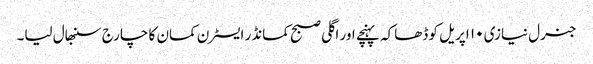
جنرل نیازی ۱۰ اپریل کو ڈھاکہ پہنچے اور اگلی صبح کمانڈر ایسٹرن کمان کا چارج سنبھال لیا۔